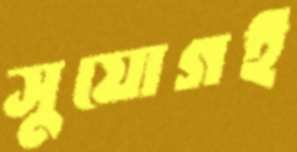
সুযোগই